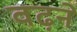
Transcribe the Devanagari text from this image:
वढ़ने